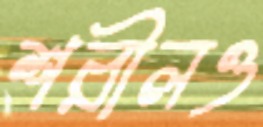
শরীলও